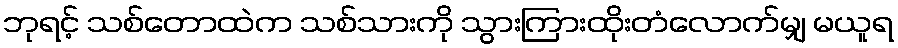
ဘုရင့် သစ်တောထဲက သစ်သားကို သွားကြားထိုးတံလောက်မျှ မယူရ